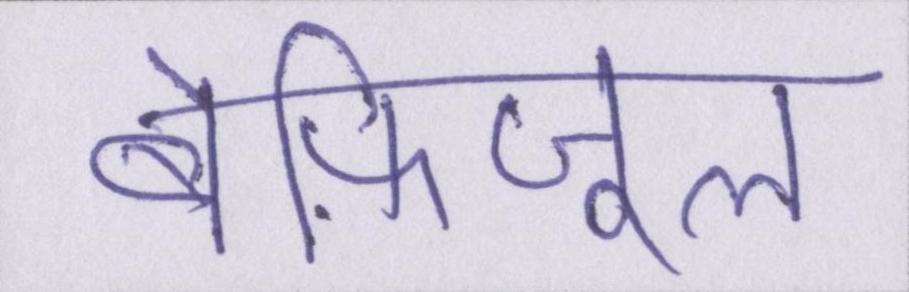
बेफ़िजूल